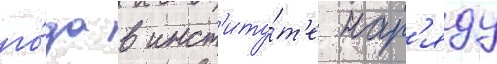
го́да в инст'иту́т'е нар'яду